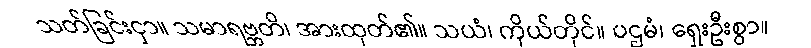
သတ်ခြင်းငှာ။ သမာရဗ္ဘတိ၊ အားထုတ်၏။ သယံ၊ ကိုယ်တိုင်။ ပဌမံ၊ ရှေးဦးစွာ။